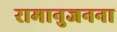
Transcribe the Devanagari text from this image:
रामानुजनना